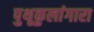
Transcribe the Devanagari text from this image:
पुथूकुलांगारा